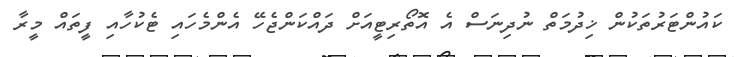
ކައުންޓަރުތަކުން ޚިދުމަތް ނުދިނަސް އެ އޮތޯރިޓީއަށް ދައްކަންޖެހޭ އެންމެހައި ޓެކުހާއި ފީތައް މީރާ